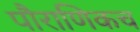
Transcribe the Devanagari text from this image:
पौराणिकच